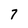
Character: 7